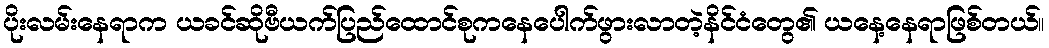
ပိုးလမ်းနေရာက ယခင်ဆိုဗီယက်ပြည်ထောင်စုကနေပေါက်ဖွားလာတဲ့နိင်ငံတွေ၏ ယနေ့နေရာဖြစ်တယ်။